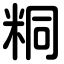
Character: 粡